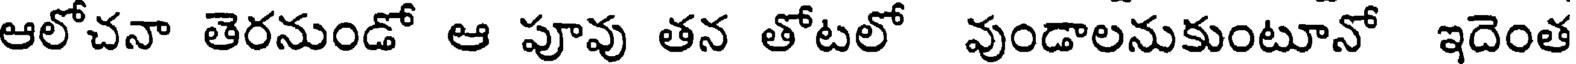
ఆలోచనా తెరనుండో ఆ పూవు తన తోటలో వుండాలనుకుంటూనో ఇదెంత